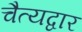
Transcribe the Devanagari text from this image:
चैत्यद्वार